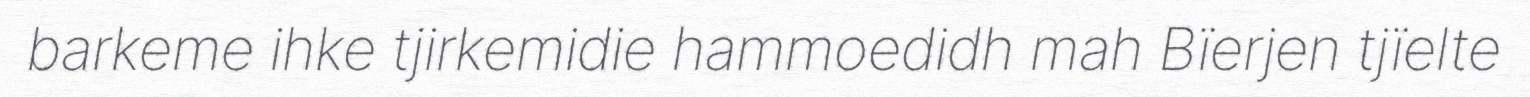
barkeme ihke tjirkemidie hammoedidh mah Bïerjen tjïelte